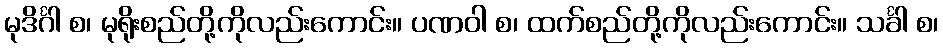
မုဒိင်္ဂါ စ၊ မုရိုးစည်တို့ကိုလည်းကောင်း။ ပဏဝါ စ၊ ထက်စည်တို့ကိုလည်းကောင်း။ သင်္ခါ စ၊